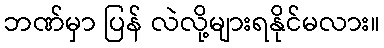
ဘဏ်မှာ ပြန် လဲလို့များရနိုင်မလား။